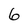
Character: 6